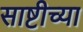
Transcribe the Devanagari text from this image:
साष्टीच्या